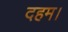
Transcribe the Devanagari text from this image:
दहम।